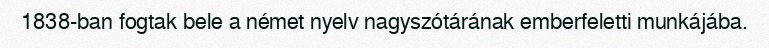
1838-ban fogtak bele a német nyelv nagyszótárának emberfeletti munkájába.